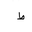
Letter: _da